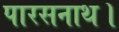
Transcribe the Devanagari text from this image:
पारसनाथ।